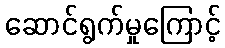
ဆောင်ရွက်မှုကြောင့်